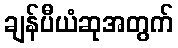
ချန်ပီယံဆုအတွက်